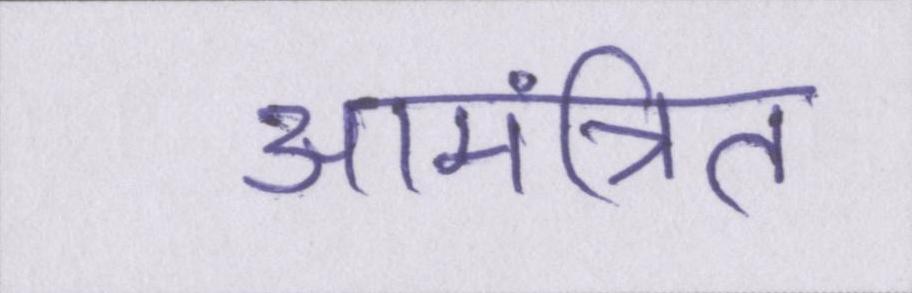
आमंत्रित